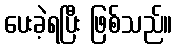
ပေးခဲ့ရပြီး ဖြစ်သည်။